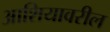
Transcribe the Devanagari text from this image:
आशियावरील